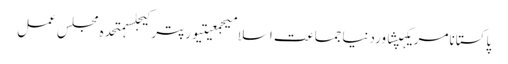
پاکستانامریکہپشاوردنیاجماعت اسلامیجمعیتیورپترکیجلسہمتحدہ مجلس عمل